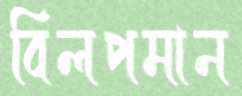
বিলপমান